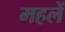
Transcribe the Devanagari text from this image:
महलें